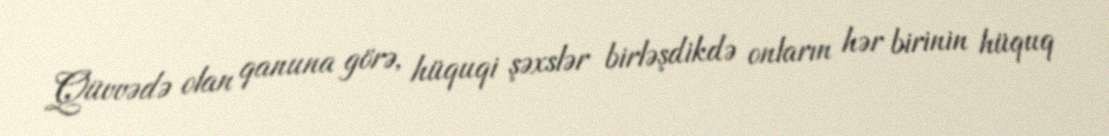
Qüvvədə olan qanuna görə, hüquqi şəxslər birləşdikdə onların hər birinin hüquq